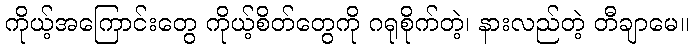
ကိုယ့်အကြောင်းတွေ ကိုယ့်စိတ်တွေကို ဂရုစိုက်တဲ့၊ နားလည်တဲ့ တီချာမေ။